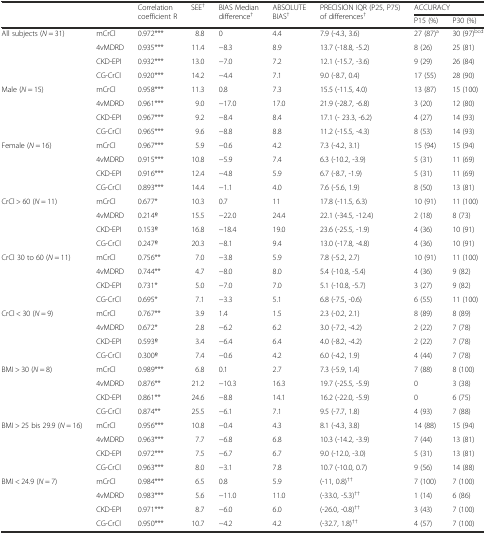
<table><thead><tr><td rowspan="2"></td><td rowspan="2"></td><td rowspan="2"><b>Correlation coefficient R</b></td><td rowspan="2"><b>SEE<sup>†</sup></b></td><td rowspan="2"><b>BIAS Median difference<sup>†</sup></b></td><td rowspan="2"><b>ABSOLUTE BIAS<sup>†</sup></b></td><td rowspan="2"><b>PRECISION IQR (P25, P75) of differences<sup>†</sup></b></td><td colspan="2"><b>ACCURACY</b></td></tr><tr><td><b>P15 (%)</b></td><td><b>P30 (%)</b></td></tr></thead><tbody><tr><td rowspan="4">All subjects (<i>N</i> = 31)</td><td>mCrCl</td><td>0.972***</td><td>8.8</td><td>0</td><td>4.4</td><td>7.9 (-4.3, 3.6)</td><td>27 (87)<sup>a</sup></td><td>30 (97)<sup>bcd</sup></td></tr><tr><td>4vMDRD</td><td>0.935***</td><td>11.4</td><td>−8.3</td><td>8.9</td><td>13.7 (-18.8, -5.2)</td><td>8 (26)</td><td>25 (81)</td></tr><tr><td>CKD-EPI</td><td>0.932***</td><td>13.0</td><td>−7.0</td><td>7.2</td><td>12.1 (-15.7, -3.6)</td><td>9 (29)</td><td>26 (84)</td></tr><tr><td>CG-CrCl</td><td>0.920***</td><td>14.2</td><td>−4.4</td><td>7.1</td><td>9.0 (-8.7, 0.4)</td><td>17 (55)</td><td>28 (90)</td></tr><tr><td rowspan="4">Male (<i>N</i> = 15)</td><td>mCrCl</td><td>0.958***</td><td>11.3</td><td>0.8</td><td>7.3</td><td>15.5 (-11.5, 4.0)</td><td>13 (87)</td><td>15 (100)</td></tr><tr><td>4vMDRD</td><td>0.961***</td><td>9.0</td><td>−17.0</td><td>17.0</td><td>21.9 (-28.7, -6.8)</td><td>3 (20)</td><td>12 (80)</td></tr><tr><td>CKD-EPI</td><td>0.967***</td><td>9.2</td><td>−8.4</td><td>8.4</td><td>17.1 (- 23.3, -6.2)</td><td>4 (27)</td><td>14 (93)</td></tr><tr><td>CG-CrCl</td><td>0.965***</td><td>9.6</td><td>−8.8</td><td>8.8</td><td>11.2 (-15.5, -4.3)</td><td>8 (53)</td><td>14 (93)</td></tr><tr><td rowspan="4">Female (<i>N</i> = 16)</td><td>mCrCl</td><td>0.967***</td><td>5.9</td><td>−0.6</td><td>4.2</td><td>7.3 (-4.2, 3.1)</td><td>15 (94)</td><td>15 (94)</td></tr><tr><td>4vMDRD</td><td>0.915***</td><td>10.8</td><td>−5.9</td><td>7.4</td><td>6.3 (-10.2, -3.9)</td><td>5 (31)</td><td>11 (69)</td></tr><tr><td>CKD-EPI</td><td>0.916***</td><td>12.4</td><td>−4.8</td><td>5.9</td><td>6.7 (-8.7, -1.9)</td><td>5 (31)</td><td>11 (69)</td></tr><tr><td>CG-CrCl</td><td>0.893***</td><td>14.4</td><td>−1.1</td><td>4.0</td><td>7.6 (-5.6, 1.9)</td><td>8 (50)</td><td>13 (81)</td></tr><tr><td rowspan="4">CrCl &gt; 60 (<i>N</i> = 11)</td><td>mCrCl</td><td>0.677*</td><td>10.3</td><td>0.7</td><td>11</td><td>17.8 (-11.5, 6.3)</td><td>10 (91)</td><td>11 (100)</td></tr><tr><td>4vMDRD</td><td>0.214o</td><td>15.5</td><td>−22.0</td><td>24.4</td><td>22.1 (-34.5, -12.4)</td><td>2 (18)</td><td>8 (73)</td></tr><tr><td>CKD-EPI</td><td>0.153o</td><td>16.8</td><td>−18.4</td><td>19.0</td><td>23.6 (-25.5, -1.9)</td><td>4 (36)</td><td>10 (91)</td></tr><tr><td>CG-CrCl</td><td>0.247o</td><td>20.3</td><td>−8.1</td><td>9.4</td><td>13.0 (-17.8, -4.8)</td><td>4 (36)</td><td>10 (91)</td></tr><tr><td rowspan="4">CrCl 30 to 60 (<i>N</i> = 11)</td><td>mCrCl</td><td>0.756**</td><td>7.0</td><td>−3.8</td><td>5.9</td><td>7.8 (-5.2, 2.7)</td><td>10 (91)</td><td>11 (100)</td></tr><tr><td>4vMDRD</td><td>0.744**</td><td>4.7</td><td>−8.0</td><td>8.0</td><td>5.4 (-10.8, -5.4)</td><td>4 (36)</td><td>9 (82)</td></tr><tr><td>CKD-EPI</td><td>0.731*</td><td>5.0</td><td>−7.0</td><td>7.0</td><td>5.1 (-10.8, -5.7)</td><td>3 (27)</td><td>9 (82)</td></tr><tr><td>CG-CrCl</td><td>0.695*</td><td>7.1</td><td>−3.3</td><td>5.1</td><td>6.8 (-7.5, -0.6)</td><td>6 (55)</td><td>11 (100)</td></tr><tr><td rowspan="4">CrCl &lt; 30 (<i>N</i> = 9)</td><td>mCrCl</td><td>0.767**</td><td>3.9</td><td>1.4</td><td>1.5</td><td>2.3 (-0.2, 2.1)</td><td>8 (89)</td><td>8 (89)</td></tr><tr><td>4vMDRD</td><td>0.672*</td><td>2.8</td><td>−6.2</td><td>6.2</td><td>3.0 (-7.2, -4.2)</td><td>2 (22)</td><td>7 (78)</td></tr><tr><td>CKD-EPI</td><td>0.593o</td><td>3.4</td><td>−6.4</td><td>6.4</td><td>4.0 (-8.2, -4.2)</td><td>2 (22)</td><td>7 (78)</td></tr><tr><td>CG-CrCl</td><td>0.300o</td><td>7.4</td><td>−0.6</td><td>4.2</td><td>6.0 (-4.2, 1.9)</td><td>4 (44)</td><td>7 (78)</td></tr><tr><td rowspan="4">BMI &gt; 30 (<i>N</i> = 8)</td><td>mCrCl</td><td>0.989***</td><td>6.8</td><td>0.1</td><td>2.7</td><td>7.3 (-5.9, 1.4)</td><td>7 (88)</td><td>8 (100)</td></tr><tr><td>4vMDRD</td><td>0.876**</td><td>21.2</td><td>−10.3</td><td>16.3</td><td>19.7 (-25.5, -5.9)</td><td>0</td><td>3 (38)</td></tr><tr><td>CKD-EPI</td><td>0.861**</td><td>24.6</td><td>−8.8</td><td>14.1</td><td>16.2 (-22.0, -5.9)</td><td>0</td><td>6 (75)</td></tr><tr><td>CG-CrCl</td><td>0.874**</td><td>25.5</td><td>−6.1</td><td>7.1</td><td>9.5 (-7.7, 1.8)</td><td>4 (93)</td><td>7 (88)</td></tr><tr><td rowspan="4">BMI &gt; 25 bis 29.9 (<i>N</i> = 16)</td><td>mCrCl</td><td>0.956***</td><td>10.8</td><td>−0.4</td><td>4.3</td><td>8.1 (-4.3, 3.8)</td><td>14 (88)</td><td>15 (94)</td></tr><tr><td>4vMDRD</td><td>0.963***</td><td>7.7</td><td>−6.8</td><td>6.8</td><td>10.3 (-14.2, -3.9)</td><td>7 (44)</td><td>13 (81)</td></tr><tr><td>CKD-EPI</td><td>0.972***</td><td>7.5</td><td>−6.7</td><td>6.7</td><td>9.0 (-12.0, -3.0)</td><td>5 (31)</td><td>13 (81)</td></tr><tr><td>CG-CrCl</td><td>0.963***</td><td>8.0</td><td>−3.1</td><td>7.8</td><td>10.7 (-10.0, 0.7)</td><td>9 (56)</td><td>14 (88)</td></tr><tr><td rowspan="4">BMI &lt; 24.9 (<i>N</i> = 7)</td><td>mCrCl</td><td>0.984***</td><td>6.5</td><td>0.8</td><td>5.9</td><td>(-11, 0.8)<sup>††</sup></td><td>7 (100)</td><td>7 (100)</td></tr><tr><td>4vMDRD</td><td>0.983***</td><td>5.6</td><td>−11.0</td><td>11.0</td><td>(-33.0, -5.3)<sup>††</sup></td><td>1 (14)</td><td>6 (86)</td></tr><tr><td>CKD-EPI</td><td>0.971***</td><td>8.7</td><td>−6.0</td><td>6.0</td><td>(-26.0, -0.8)<sup>††</sup></td><td>3 (43)</td><td>7 (100)</td></tr><tr><td>CG-CrCl</td><td>0.950***</td><td>10.7</td><td>−4.2</td><td>4.2</td><td>(-32.7, 1.8)<sup>††</sup></td><td>4 (57)</td><td>7 (100)</td></tr></tbody></table>